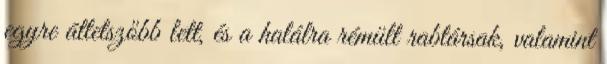
egyre áttetszőbb lett, és a halálra rémült rabtársak, valamint